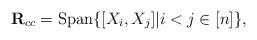
LaTeX: \begin{align*}\mathbf R_{cc}=\mathrm{Span}\{[X_i,X_j]|i<j\in[n]\}, \end{align*}